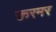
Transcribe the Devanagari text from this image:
ऊरमर